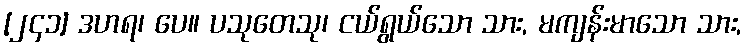
[၂၄၁] ဒဟရ၊ ပေ။ ပသုတေသု၊ ငယ်ရွယ်သော သား, မကျန်းမာသော သား,